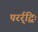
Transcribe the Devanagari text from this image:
परर्र्द्विः